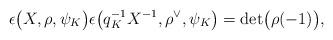
LaTeX: \begin{align*}\epsilon\big(X, \rho,\psi_K\big) \epsilon\big(q_K^{-1}X^{-1}, \rho^\vee,\psi_K\big) = \rm det\big(\rho(-1)\big),\end{align*}